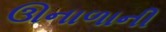
ઊનાળાની